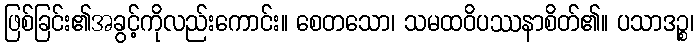
ဖြစ်ခြင်း၏အခွင့်ကိုလည်းကောင်း။ စေတသော၊ သမထဝိပဿနာစိတ်၏။ ပသာဒဉ္စ၊